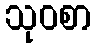
သုဝစာ